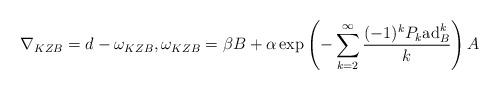
LaTeX: \begin{align*} \nabla_{KZB}=d-\omega_{KZB},\omega_{KZB}=\beta B+\alpha\exp\left(-\sum_{k=2}^{\infty}\frac{(-1)^k P_{k}\mathrm{ad}_{B}^{k}}{k}\right)A\end{align*}